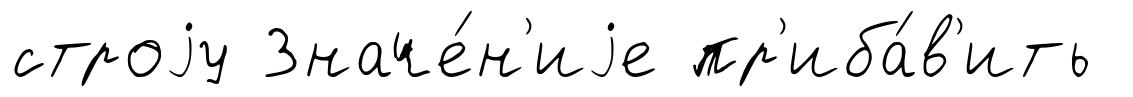
строjу Значе́н'иjе пр'иба́в'ить